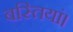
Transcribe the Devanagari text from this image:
बस्तियां।